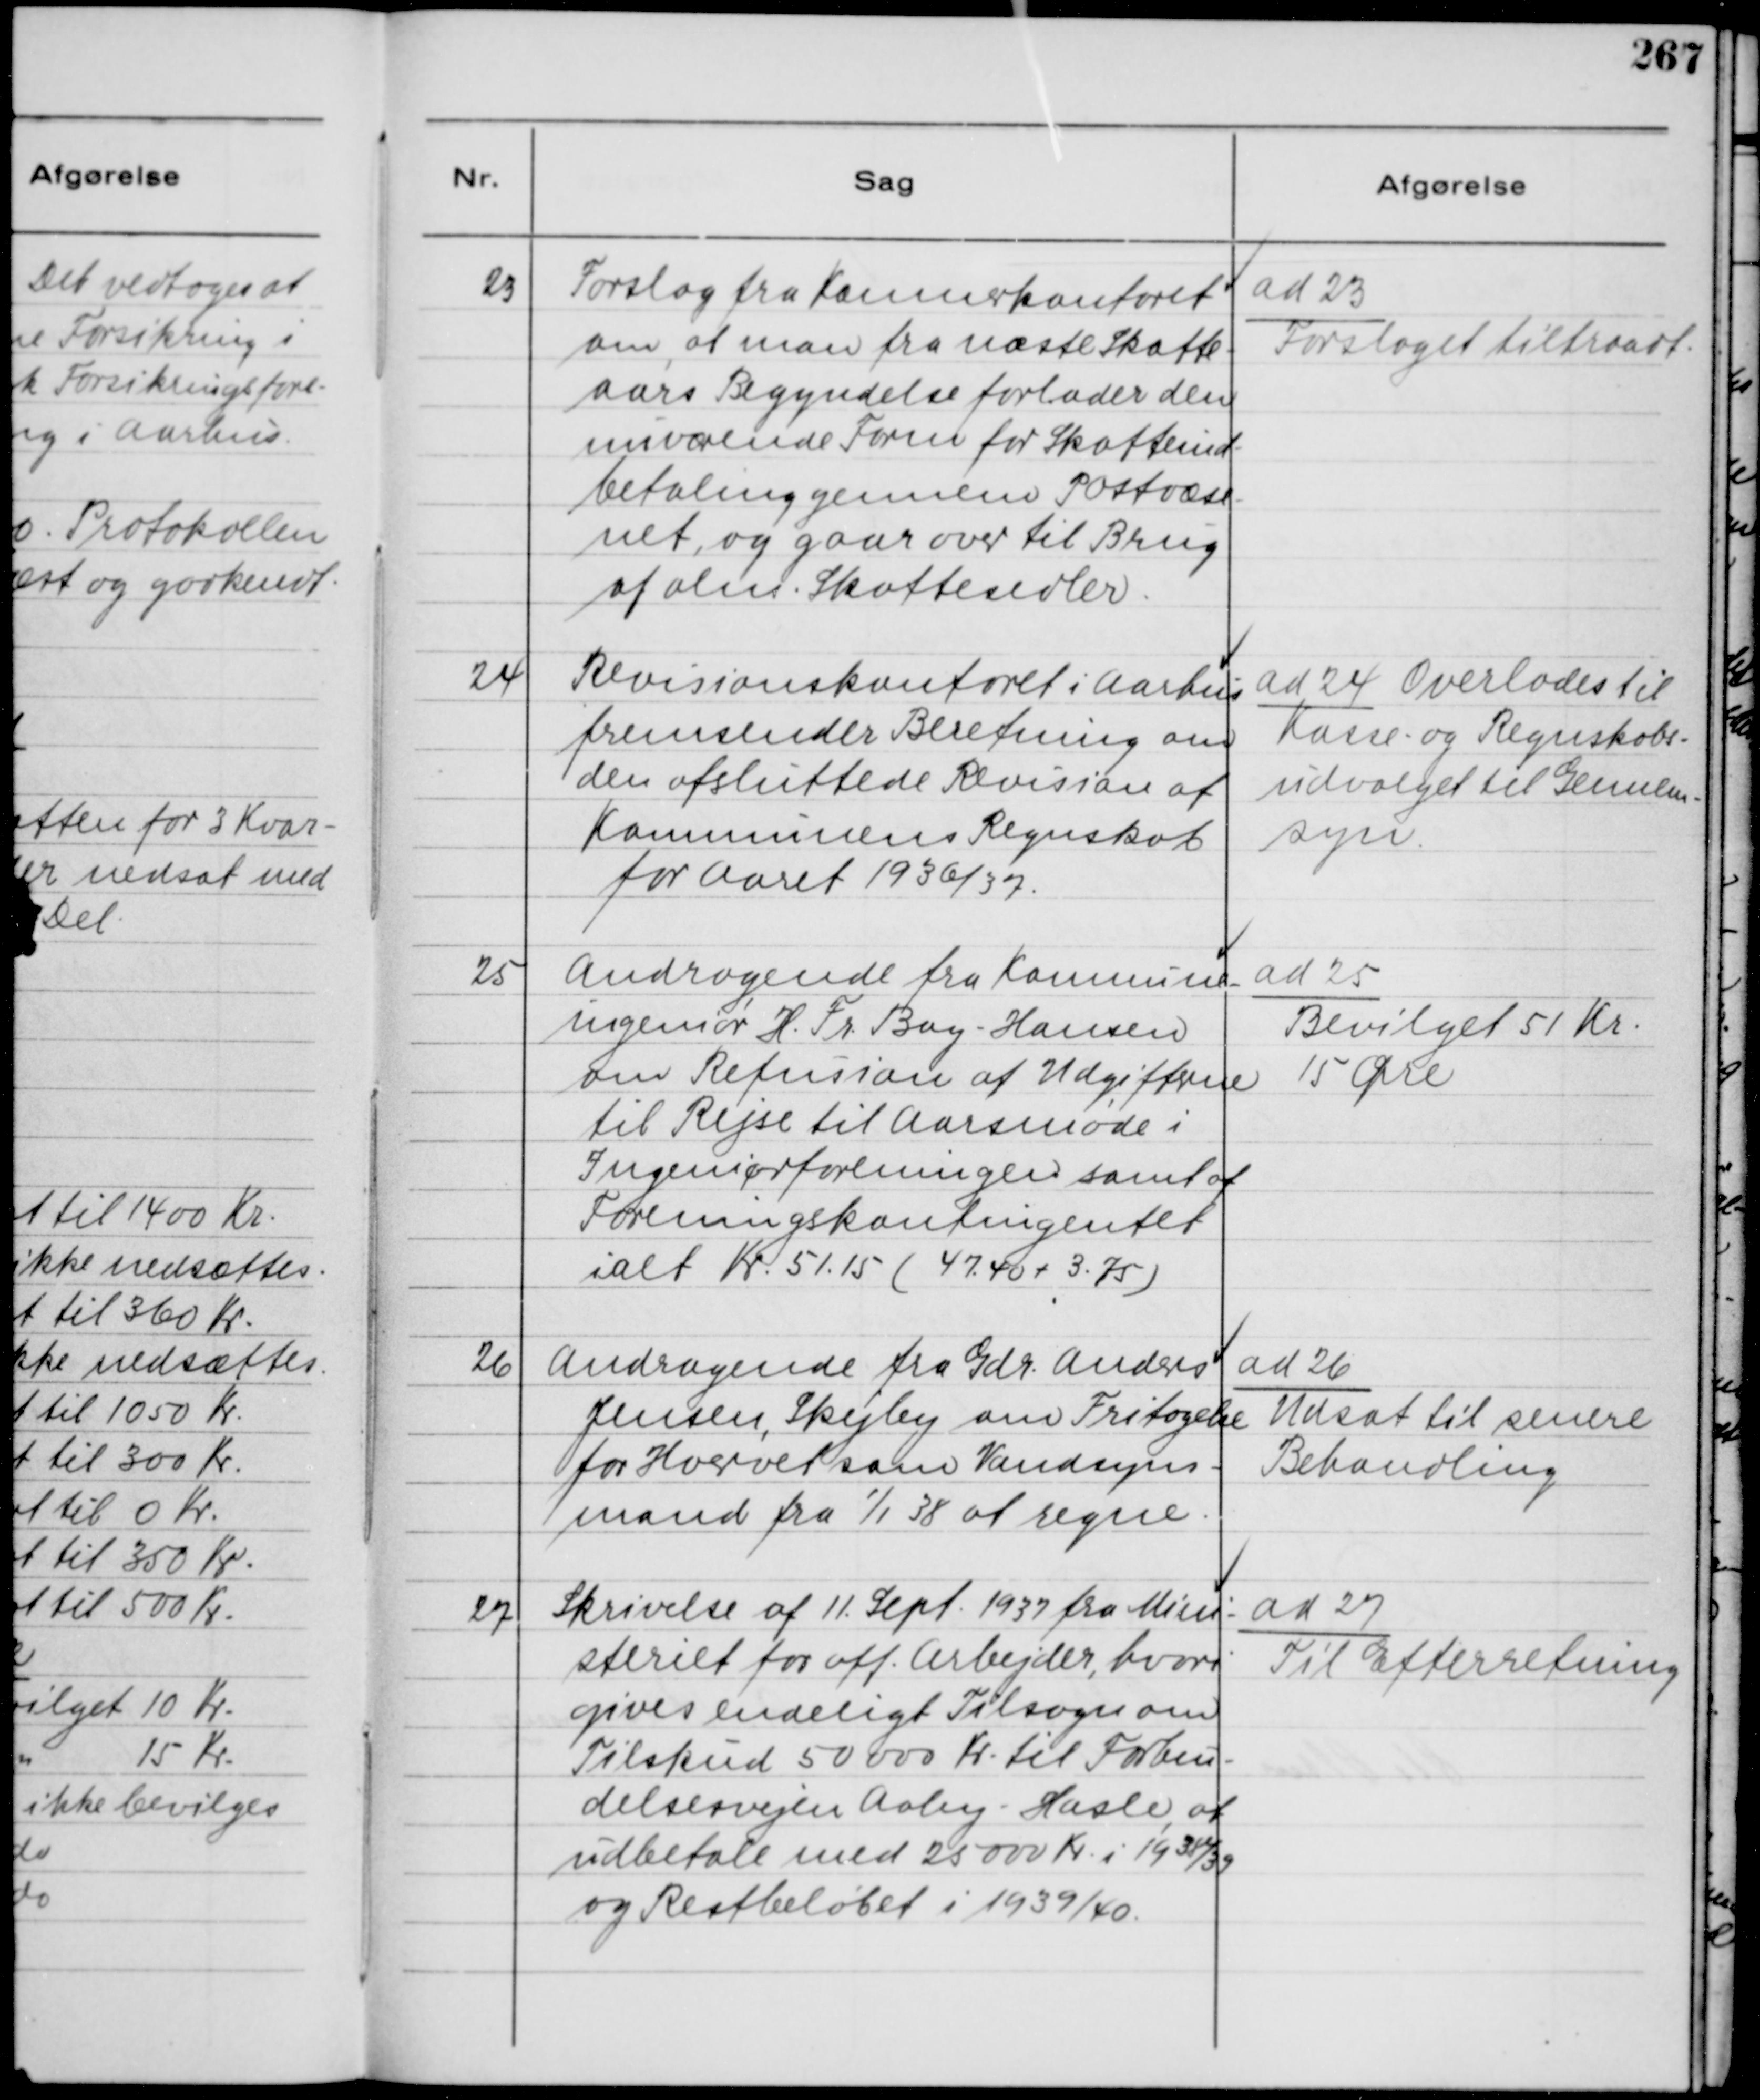
Transskription:
23
Forslag fra Kæmnerkontoret
om, at man fra næste Skatte-
aars Begyndelse forlader den
nuværende Form for Skatteind-
betaling gennem Postvæse-
net, og gaar over til Brug
af alm. Skattesedler.

ad 23
Forslaget tiltraadt.

24
Revisionskontoret i Aarhus
fremsender Beretning om
den afsluttede Revision af
Kommunens Regnskab
for Aaret 1936/37.

ad 24 Overlodes til
Kasse- og Regnskabs-
udvalget til Gennem-
syn.

25
Andragende fra Komnune-
ingeniør H. Fr. Bay-Hansen
om Refusion af Udgifterne
til Rejse til Aarsmøde i
Ingeniørforeningen samt af
Foreningskontingentet
ialt Kr. 51,15 ( 47,40+3,75 )

ad 25
Bevilget 51 Kr.
15 Øre

26
Andragende fra Gdr. Anders
Jensen, Skejby om Fritagelse
for Hvervet som Vandsyns-
mand fra
1
/1 38 af regne.

ad 26
Udsat til senere
Behandling

27
Skrivelse af 11. Sept. 1937 fra Mini-
steriet for off. Arbejder, hvori
gives endeligt Tilsagn om
Tilskud 50000 Kr. til Forbin-
delsesvejen Aaby - Hasle, at
udbetale med 25000 Kr. i 1938/39
og Restbeløbet i 1939/40.

ad 27
Til Efterretning